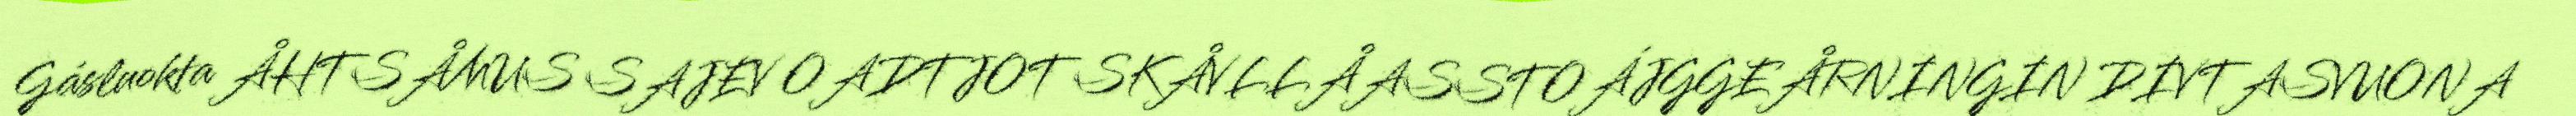
Gásluokta ÅHTSÅMUS SAJEV OADTJOT SKÅVLLÅASSTOÁJGGEÅRNINGIN DIVTASVUONA